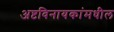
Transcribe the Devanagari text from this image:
अष्टविनायकांमधील